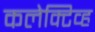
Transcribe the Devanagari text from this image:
कलेक्टिव्ह